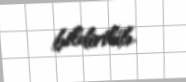
bildirilib.